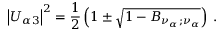
\left| U _ { \alpha 3 } \right| ^ { 2 } = { \frac { 1 } { 2 } } \left( 1 \pm \sqrt { 1 - B _ { \nu _ { \alpha } ; \nu _ { \alpha } } } \right) \; .